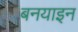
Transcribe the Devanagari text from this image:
बनयाइन